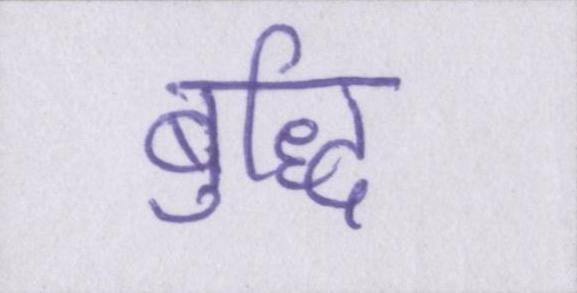
बुद्धि